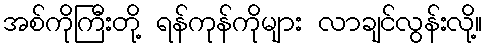
အစ်ကိုကြီးတို့ ရန်ကုန်ကိုများ လာချင်လွန်းလို့။